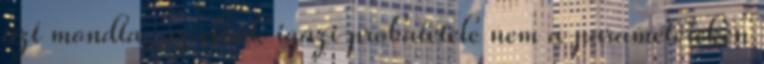
azt mondta, az elnök igazi próbatétele nem a paramétereken